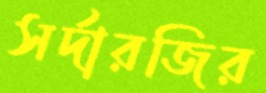
সর্দারজির